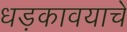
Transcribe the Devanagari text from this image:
धड़कावयाचे